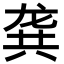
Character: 龚